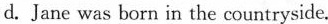
d. Jane was born in the countryside.